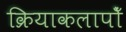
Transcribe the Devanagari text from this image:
क्रियाकलापोँ